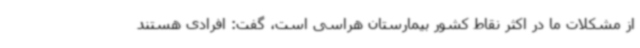
از مشکلات ما در اکثر نقاط کشور بیمارستان‌ هراسی است، گفت: افرادی هستند